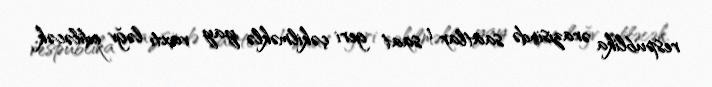
respublika ərazisində saatlar 1 saat geri çəkilməklə yay vaxtı ləğv ediləcək.